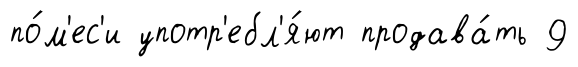
по́м'ес'и употр'ебл'я́ют продава́ть 9